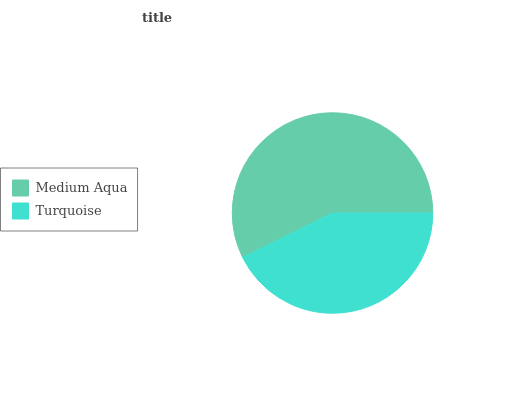
| Medium Aqua | Turquoise |
 | --- | --- |
 | 57.3% | 42.7% |